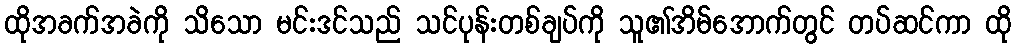
ထိုအခက်အခဲကို သိသော မင်းဒင်သည် သင်ပုန်းတစ်ချပ်ကို သူ၏အိမ်အောက်တွင် တပ်ဆင်ကာ ထို